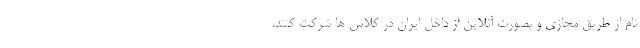
نام از طریق مجازی و بصورت آنلاین از داخل ایران در کلاس ها شرکت کنند.